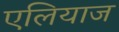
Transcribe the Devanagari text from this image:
एलियाज